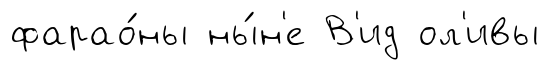
фарао́ны ны́н'е В'ид ол'ивы